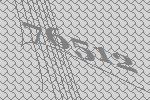
76512